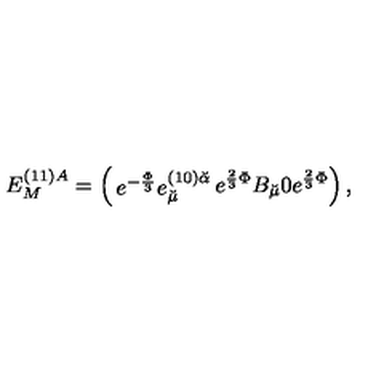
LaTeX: E _ { M } ^ { ( 1 1 ) A } = \left( \begin{matrix} { e ^ { - { \frac { \Phi } { 3 } } } e _ { \breve { \mu } } ^ { ( 1 0 ) \breve { \alpha } } } & { e ^ { { \frac { 2 } { 3 } } \Phi } B _ { \breve { \mu } } } \\ { 0 } & { e ^ { { \frac { 2 } { 3 } } \Phi } } \\ \end{matrix} \right) ,